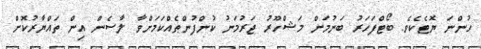
ހުންނަ ޔޮޓެކެވެ. ބޯޓްފަހަރު ބަނުމަށް މަޝްހޫރު ޖަރުމަނު ކުންފުންޠެއްކަމަށްވާ ލާސެން އިން ތައްޔާރުކޮށް